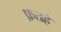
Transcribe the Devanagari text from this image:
फ़तहे